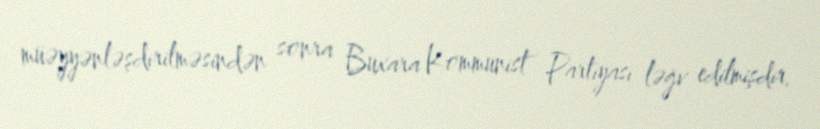
müəyyənləşdirilməsindən sonra Buxara Kommunist Partiyası ləğv edilmişdir.